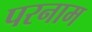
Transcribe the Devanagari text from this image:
परनाम